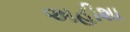
અહીશા